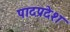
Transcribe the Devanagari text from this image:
पादप्रदेश